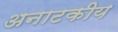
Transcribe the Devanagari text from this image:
अनाटकीय